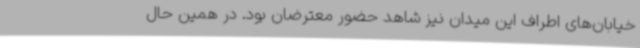
خیابان‌های اطراف این میدان نیز شاهد حضور معترضان بود. در همین حال